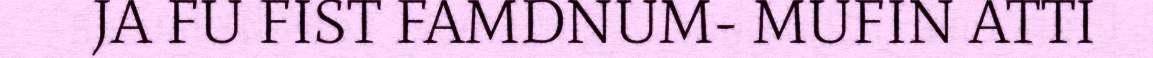
JA FU FIST FAMDNUM- MUFIN ATTI